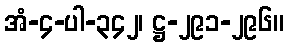
အံ-၄-ပါ-၃၄၂၊ ဋ္ဌ-၂၉၁-၂၉၆။